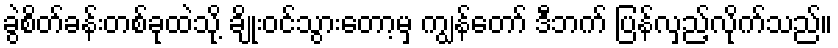
ခွဲစိတ်ခန်းတစ်ခုထဲသို့ ချိုးဝင်သွားတော့မှ ကျွန်တော် ဒီဘက် ပြန်လှည့်လိုက်သည်။